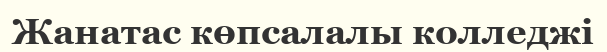
Жанатас көпсалалы колледжі